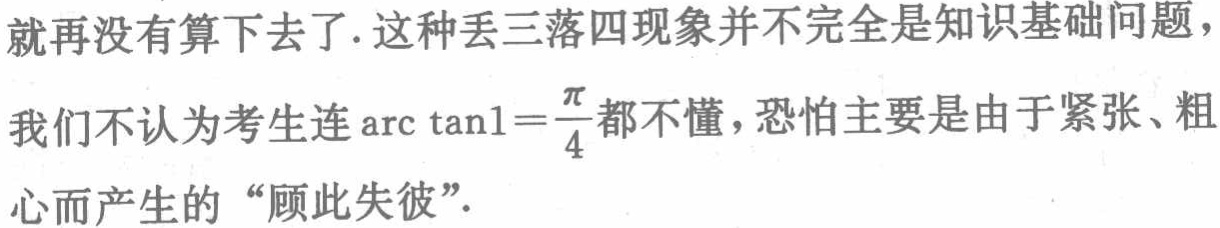
就再没有算下去了. 这种丢三落四现象并不完全是知识基础问题，我们不认为考生连\(\arctan1 = \frac{\pi}{4}\)都不懂，恐怕主要是由于紧张、粗心而产生的 “顾此失彼”.